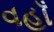
વહાઁ